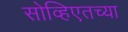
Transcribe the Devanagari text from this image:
सोव्हिएतच्या